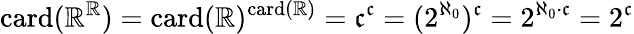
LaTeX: \mathrm{card}(\mathbb{R}^{\mathbb{R}})=\mathrm{card}(\mathbb{R})^{\mathrm{card}(\mathbb{R})}={\mathfrak{c}}^{\mathfrak{c}}=(2^{\aleph_{0}})^{\mathfrak{c}}=2^{\aleph_{0}\cdot{\mathfrak{c}}}=2^{\mathfrak{c}}